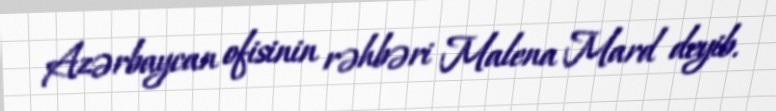
Azərbaycan ofisinin rəhbəri Malena Mard deyib.